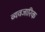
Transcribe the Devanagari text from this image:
व्यवजारिक